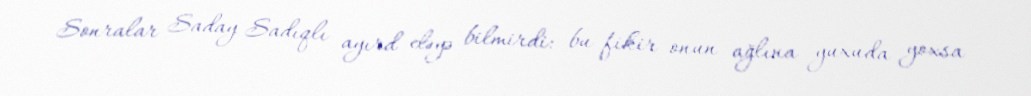
Sonralar Saday Sadıqlı ayırd eləyə bilmirdi: bu fikir onun ağlına yuxuda yoxsa